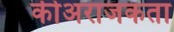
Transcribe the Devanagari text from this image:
कीअराजकता